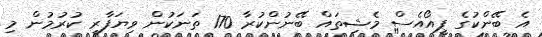
އެ ބޭންކުގެ ޕީއޯއެސް މެޝިތައް ބޭނުންކުރާ 170 ތަނަކުން ވިޔަފާރި ކުރުމުން މި